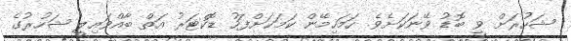
ޝަހުރަށް ވީ ބޮޑު ވޭނަކަށެވެ. ހަމަހިމޭން ކަމަކަށްފަހު ޑޮކްޓަރު އަތް ބާއްވައިލީ ޝަހުރުގެ